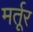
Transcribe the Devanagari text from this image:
मर्तूर